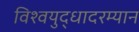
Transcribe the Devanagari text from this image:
विश्वयुद्धादरम्यान